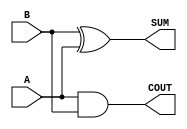
/*
 * Copyright 2020 The SkyWater PDK Authors
 *
 * Licensed under the Apache License, Version 2.0 (the "License");
 * you may not use this file except in compliance with the License.
 * You may obtain a copy of the License at
 *
 *     https://www.apache.org/licenses/LICENSE-2.0
 *
 * Unless required by applicable law or agreed to in writing, software
 * distributed under the License is distributed on an "AS IS" BASIS,
 * WITHOUT WARRANTIES OR CONDITIONS OF ANY KIND, either express or implied.
 * See the License for the specific language governing permissions and
 * limitations under the License.
 *
 * SPDX-License-Identifier: Apache-2.0
*/


`ifndef SKY130_FD_SC_LP__HA_BEHAVIORAL_V
`define SKY130_FD_SC_LP__HA_BEHAVIORAL_V

/**
 * ha: Half adder.
 *
 * Verilog simulation functional model.
 */

`timescale 1ns / 1ps
`default_nettype none

`celldefine
module sky130_fd_sc_lp__ha (
    COUT,
    SUM ,
    A   ,
    B
);

    // Module ports
    output COUT;
    output SUM ;
    input  A   ;
    input  B   ;

    // Module supplies
    supply1 VPWR;
    supply0 VGND;
    supply1 VPB ;
    supply0 VNB ;

    // Local signals
    wire and0_out_COUT;
    wire xor0_out_SUM ;

    //  Name  Output         Other arguments
    and and0 (and0_out_COUT, A, B           );
    buf buf0 (COUT         , and0_out_COUT  );
    xor xor0 (xor0_out_SUM , B, A           );
    buf buf1 (SUM          , xor0_out_SUM   );

endmodule
`endcelldefine

`default_nettype wire
`endif  // SKY130_FD_SC_LP__HA_BEHAVIORAL_V